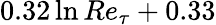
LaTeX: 0.32\ln Re_{\tau}+0.33